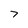
Character: 7